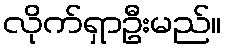
လိုက်ရှာဦးမည်။